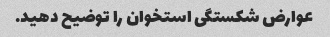
عوارض شکستگی استخوان را توضیح دهید.